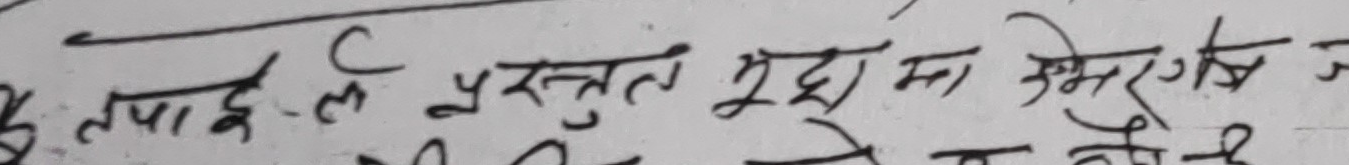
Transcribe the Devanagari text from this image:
तपाईंले प्रस्तुत मुद्दामा खेरगछ